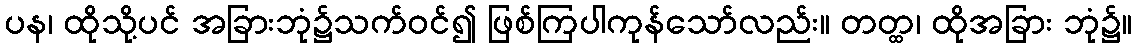
ပန၊ ထိုသို့ပင် အခြားဘုံ၌သက်ဝင်၍ ဖြစ်ကြပါကုန်သော်လည်း။ တတ္ထ၊ ထိုအခြား ဘုံ၌။